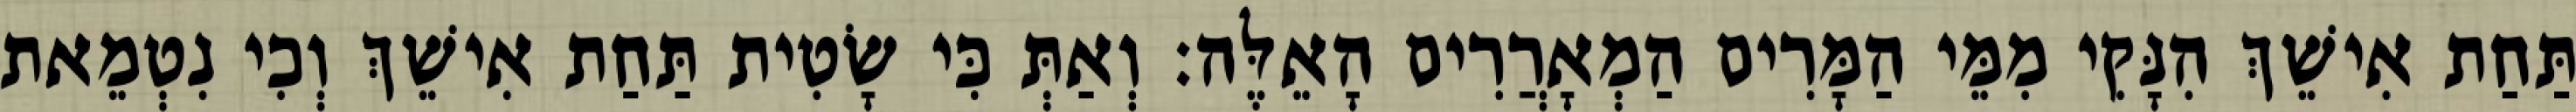
תַּחַת אִישֵׁךְ הִנָּקִי מִמֵּי הַמָּרִים הַמְאָרֲרִים הָאֵלֶּה׃ וְאַתְּ כִּי שָׂטִית תַּחַת אִישֵׁךְ וְכִי נִטְמֵאת